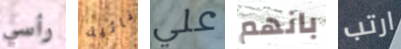
رأسي نائية علي بانهم ارتب